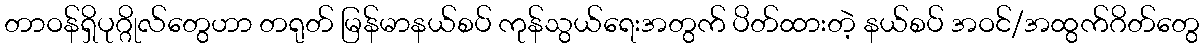
တာဝန်ရှိပုဂ္ဂိုလ်တွေဟာ တရုတ် မြန်မာနယ်စပ် ကုန်သွယ်ရေးအတွက် ပိတ်ထားတဲ့ နယ်စပ် အဝင်/အထွက်ဂိတ်တွေ